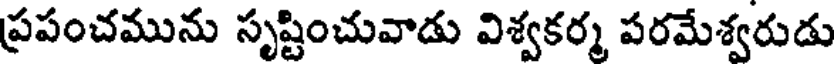
ప్రపంచమును సృష్టించువాడు విశ్వకర్మ పరమేశ్వరుడు